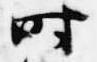
時